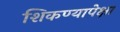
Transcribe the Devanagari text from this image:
शिकण्यापेक्षा